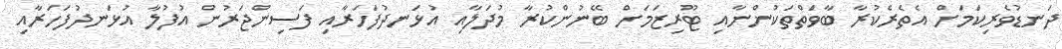
ދަނޑުވެރިކަމަށް އެތެރެކުރާ ބާވަތްތަކުންނާއި ޓޫރިޒަމަށް ބޭނުންކުރާ މުދަލާއި އުޅަނދުފަހަރާއި ފަސިންޖަރުން އުފުލާ އުޅަނދުފަހަރާއި